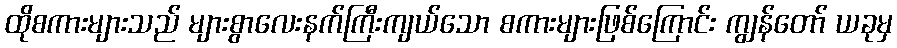
ထိုစကားများသည် များစွာလေးနက်ကြီးကျယ်သော စကားများဖြစ်ကြောင်း ကျွန်တော် ယခုမှ